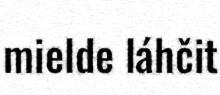
mielde láhčit